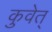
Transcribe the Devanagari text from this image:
कुवेत्